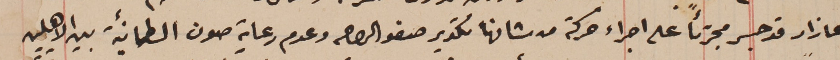
عازار قد جسر مجترئاً على اجراء حركة من شانها تكدير صفو الراى وعدم رعاية صون الطمأنية بين الاهلين